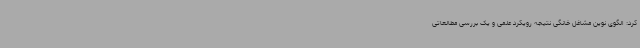
کرد: الگوی نوین مشاغل خانگی نتیجه رویکرد علمی و یک بررسی مطالعاتی